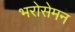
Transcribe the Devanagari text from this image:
भरोसेमन